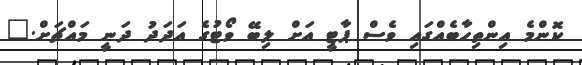
ކޮންމެ އިންތިހާބެއްގައި ވެސް ޕާޓީ އަށް ލިބޭ ވޯޓުގެ އަދަދު ދަނީ މައްޗަށް."